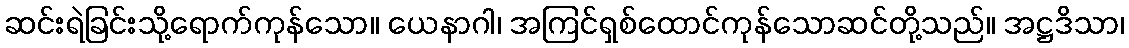
ဆင်းရဲခြင်းသို့ရောက်ကုန်သော။ ယေနာဂါ၊ အကြင်ရှစ်ထောင်ကုန်သောဆင်တို့သည်။ အဋ္ဌဒိသာ၊